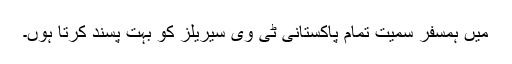
میں ہمسفر سمیت تمام پاکستانی ٹی وی سیریلز کو بہت پسند کرتا ہوں۔